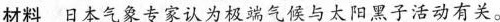
材料日本气象专家认为极端气候与太阳黑子活动有关。